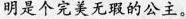
明是个完美无瑕的公主。